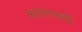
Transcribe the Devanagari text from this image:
कप्तानपदाची